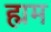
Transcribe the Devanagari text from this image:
ह्मम